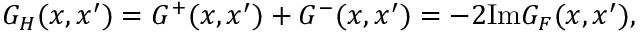
G _ { H } ( x , x ^ { \prime } ) = G ^ { + } ( x , x ^ { \prime } ) + G ^ { - } ( x , x ^ { \prime } ) = - 2 \mathrm { I m } G _ { F } ( x , x ^ { \prime } ) ,